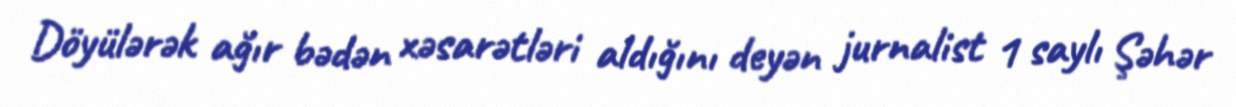
Döyülərək ağır bədən xəsarətləri aldığını deyən jurnalist 1 saylı Şəhər